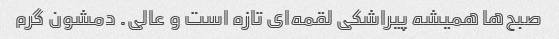
صبح‌ها همیشه پیراشکی لقمه‌ای تازه است و عالی. دمشون گرم